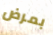
بمرض